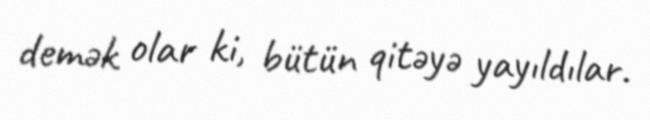
demək olar ki, bütün qitəyə yayıldılar.